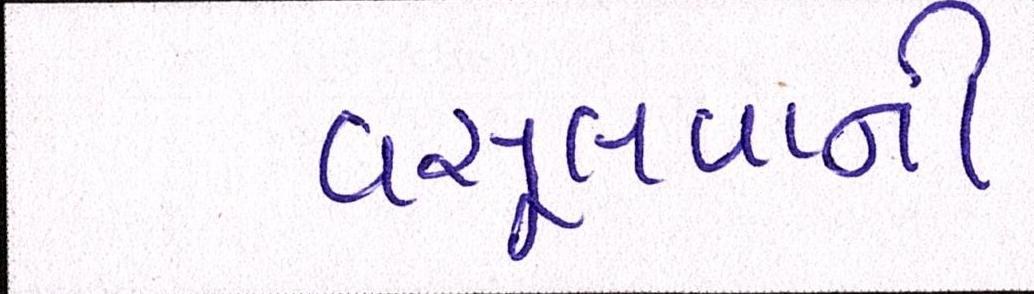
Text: વસૂલવાની